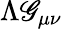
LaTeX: \Lambda\mathscr{G}_{\mu\nu}